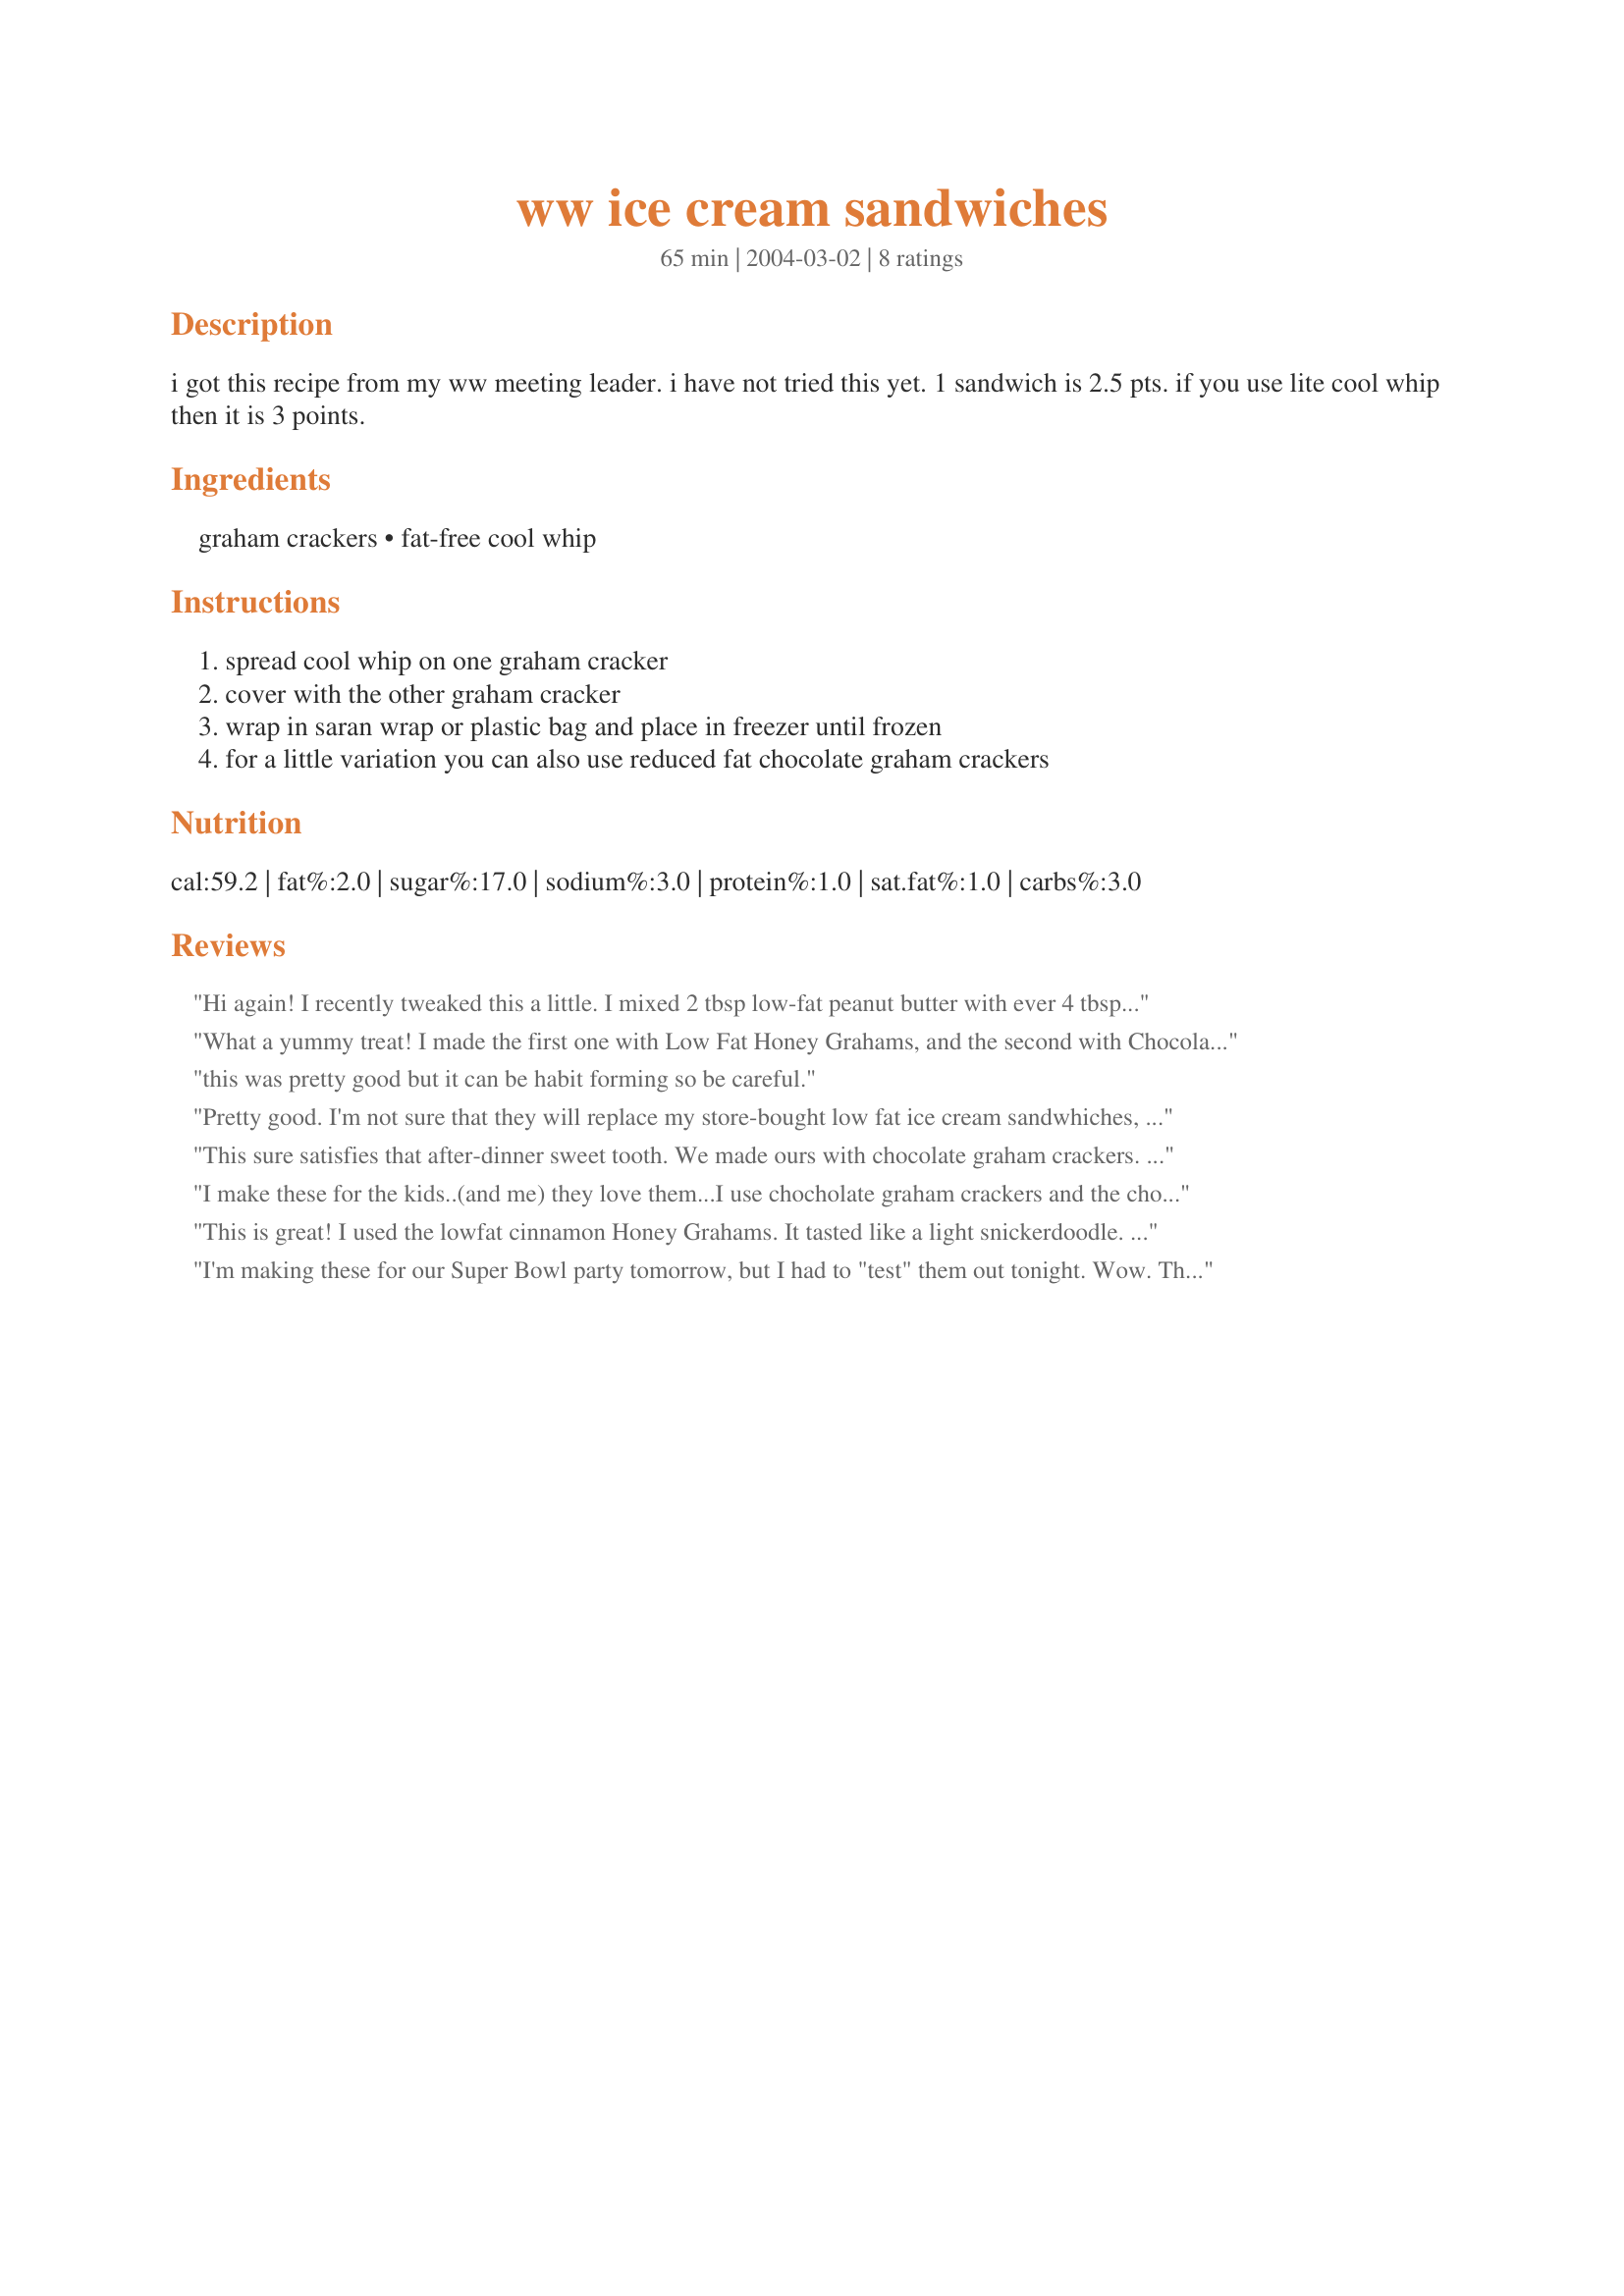
ww ice cream sandwiches
Preparation time: 65 minutes

i got this recipe from my ww meeting leader. i have not tried this yet. 1 sandwich is 2.5 pts. if you use lite cool whip then it is 3 points.

Ingredients:
graham crackers, fat-free cool whip

Steps:
spread cool whip on one graham cracker, cover with the other graham cracker, wrap in saran wrap or plastic bag and place in freezer until frozen, for a little variation you can also use reduced fat chocolate graham crackers

Reviews:
Hi again! I recently tweaked this a little. I mixed 2 tbsp low-fat peanut butter with ever 4 tbsp ff cool whip. Makes enough filling for 3 sandwiches. Raises the points to about 1.5, but is SOOO delicious!
What a yummy treat! I made the first one with Low Fat Honey Grahams, and the second with Chocolate Graham Crackers. Both were just delicious! I feel much better about feeding this to my children too. What a yummy treat to please that sweet tooth! Doesn't take long to freeze either! Thanks for posting!!!!!
this was pretty good but it can be
habit forming so be careful.
Pretty good. I'm not sure that they will replace my store-bought low fat ice cream sandwhiches, but they were tasty. I used low fat honey grahams and made 2 out of 2 long sheets instead of just 1. Somehow it makes me feel more fulfilled to eat more even if they are smaller.
This sure satisfies that after-dinner sweet tooth. We made ours with chocolate graham crackers. An added benefit is that kids LOVE it.
I make these for the kids..(and me) they love them...I use chocholate graham crackers and the chocolate flavored and strawberry flavored coolwhip, along with the plain to make Neopolitan mock Ice ream sandwiches...they are delicious.
This is great! I used the lowfat cinnamon Honey Grahams. It tasted like a light snickerdoodle. Thanks!
I'm making these for our Super Bowl party tomorrow, but I had to "test" them out tonight. Wow. These are so good!! Took about 45 minutes to freeze 4 of them, so they don't take too long to set up. I couldn't find chocolate graham crackers, so I used low-fat honey graham crackers, and DH bought some chocolate syrup to add to his. I had mine plain but they're still darn good!!! These will be a wonderful sweet snack that I won't feel guilty about eating tomorrow! Thanks for posting!!
